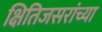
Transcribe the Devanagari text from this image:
क्षितिजसरांच्या